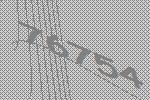
76754